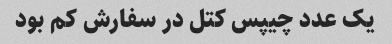
یک عدد چیپس کتل در سفارش کم بود